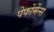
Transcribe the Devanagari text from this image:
पेर्फोर्मेन्स